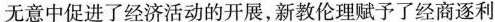
无意中促进了经济活动的开展，新教伦理赋予了经商逐利